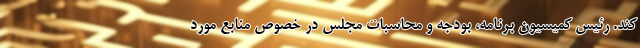
کند. رئیس کمیسیون برنامه، بودجه و محاسبات مجلس در خصوص منابع مورد